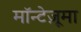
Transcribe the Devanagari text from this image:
मॉन्टेज़ूमा